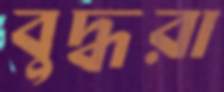
বুদ্ধরা